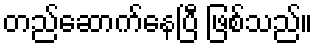
တည်ဆောက်နေပြီ ဖြစ်သည်။